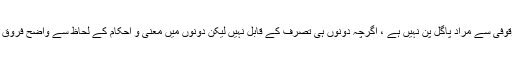
نوٹ: بے وقوفی سے مراد پاگل پن نہیں ہے ، اگرچہ دونوں ہی تصرف کے قابل نہیں لیکن دونوں میں معنی و احکام کے لحاظ سے واضح فروق موجود ہیں۔